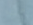
هب